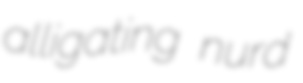
alligating nurd